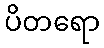
ပိတရော